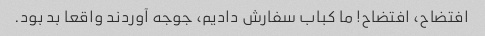
افتضاح، افتضاح! ما کباب سفارش دادیم، جوجه آوردند واقعا بد بود.